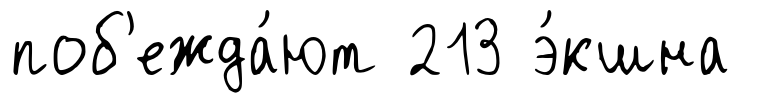
поб'ежда́ют 213 э́кшна